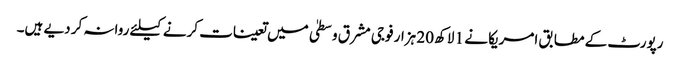
رپورٹ کے مطابق امریکا نے 1 لاکھ 20 ہزار فوجی مشرق وسطیٰ میں تعینات کرنے کیلئے روانہ کر دیے ہیں۔